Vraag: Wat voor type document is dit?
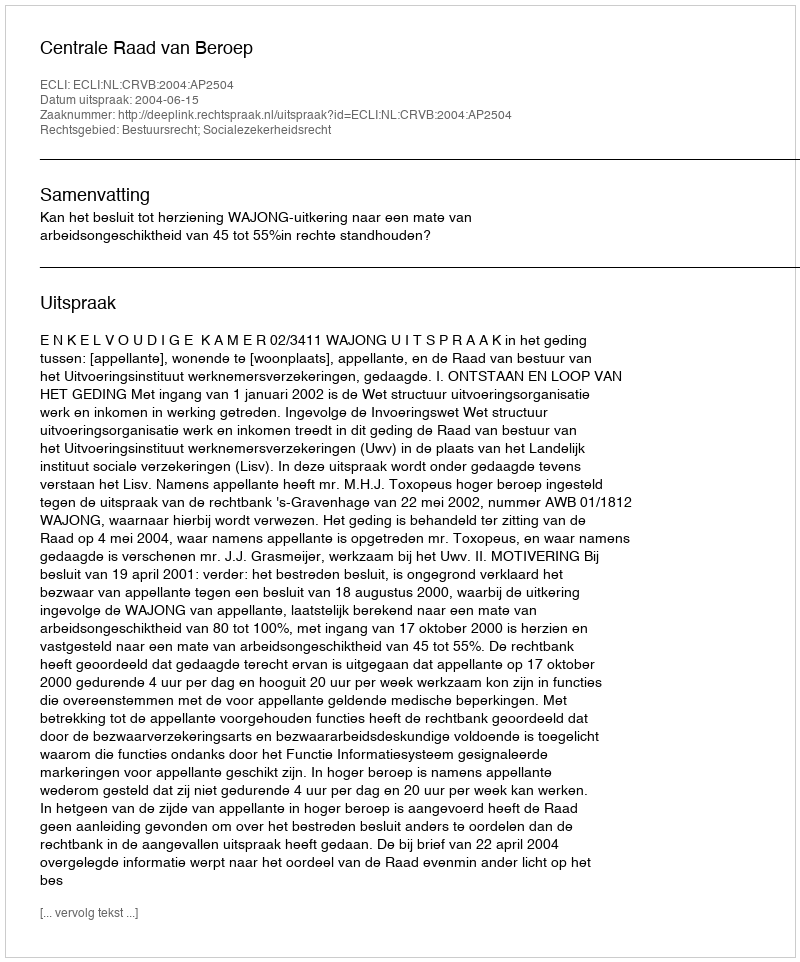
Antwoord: Uitspraak